Sanitation, dispensaries and jails vaccination Rajputana 1922-1927 - 1922-1927
Year: 1922
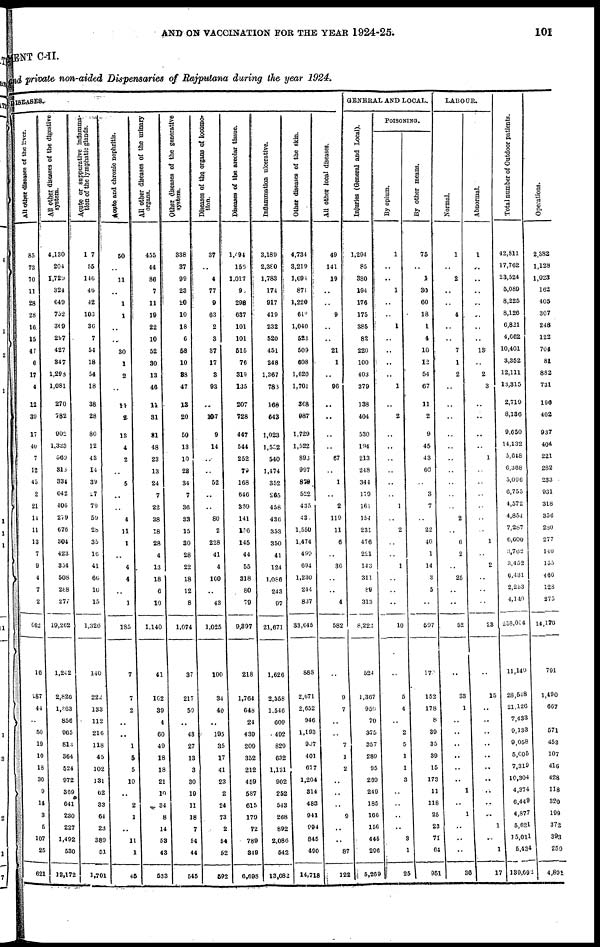
AND ON VACCINATION FOR THE YEAR 1924-25.
101
MENT C-II.
and private non-aided Dispensaries of Rajputana during the year 1924.
DISEASES
All other diseases of the liver.
85
73
70
11
28
28
16
15
47
6
17
4
12
39
17
40
7
12
45
2
21
14
11
13
7
9
4
7
2
662
16
287
44
..
50
19
10
18
30
9
14
3
5
107
25
621
All
other diseases of the digestive
system.
4,130
204
1,729
324
649
752
309
297
427
847
1,298
1,081
270
782
902
1,323
560
318
334
642
406
279
676
304
423
354
508
288
277
19,262
1,242
2,826
1,263
856
965
813
364
524
972
369
641
230
227
1,492
530
12,172
Acute or suppurative inflamma-
tion of the lymphatic glands.
107
55
146
46
42
103
36
7
54
18
54
18
38
28
80
12
43
14
39
27
79
59
28
35
16
41
60
10
15
1,326
140
222
133
112
216
118
45
102
131
62
33
64
23
389
51
1,701
Acute and chronic nephritis.
50
..
11
..
1
1
..
..
30
1
2
..
11
2
13
4
2
..
5
..
..
4
11
1
..
4
4
..
1
185
7
7
2
..
..
1
5
5
10
..
2
1
..
11
1
45
All other diseases of the urinary
organs.
455
44
86
7
11
19
22
10
52
30
13
46
11
31
31
48
23
13
24
7
22
38
18
28
4
13
18
6
10
1,140
41
162
39
4
60
49
18
18
21
10
34
8
14
53
43
533
Other diseases of the generative
system.
338
37
99
23
20
10
18
6
58
10
38
47
13
20
50
13
10
23
34
7
36
33
15
30
28
22
18
12
8
1,074
37
217
59
..
43
27
13
3
30
19
11
18
7
54
44
545
Diseases of the organs of locomo-
tion.
37
..
4
77
9
63
2
3
37
17
3
93
..
107
9
14
..
..
52
..
..
80
2
228
41
4
100
..
43
1,025
100
34
40
..
195
35
17
41
23
2
24
73
2
54
52
592
Diseases of the areolar tissue.
1,494
156
1,017
9
298
637
101
101
515
76
319
135
207
728
447
544
252
79
168
646
369
141
156
145
44
55
318
80
79
9,397
218
1,764
648
24
439
209
352
212
459
587
615
179
72
789
349
6,698
Inflammation ulcerative.
3,189
2,380
1,783
174
917
419
232
520
451
248
1,367
783
168
643
1,023
1,552
540
1,474
352
265
458
436
353
350
41
124
1,086
243
97
21,671
1,626
2,358
1,546
609
492
829
632
1,131
902
252
543
268
892
2,086
542
13,082
Other diseases of the skin.
4,734
3,219
1,694
871
1,220
612
1,040
523
509
608
1,620
1,701
368
987
1,729
1,522
893
997
870
522
435
43
1,550
1,474
490
694
1,230
244
837
33,645
888
2,671
2,652
946
1,193
907
401
677
1,204
314
483
941
994
845
490
14,718
All other local diseases.
49
141
19
..
..
9
..
..
21
1
..
96
..
..
..
..
67
..
1
..
2
119
11
6
..
36
..
..
4
582
..
9
7
..
..
7
1
2
..
..
..
9
..
..
87
122
GENERAL AND LOCAL.
Injuries (General and Local).
1,294
85
380
194
176
175
385
82
220
100
403
379
138
404
530
194
213
248
344
179
161
154
231
476
221
143
311
89
313
8,222
524
1,367
950
70
375
357
289
95
269
249
185
166
156
445
296
5,269
POISONING.
By opium.
1
..
..
1
..
..
1
..
..
..
..
1
..
2
..
..
..
..
..
..
1
..
2
..
..
1
..
..
..
10
..
5
4
..
2
5
1
1
3
..
..
..
..
3
1
25
By other means.
75
..
1
30
60
18
1
4
10
12
54
67
11
2
9
45
43
60
..
3
7
..
22
40
1
14
3
5
..
597
170
152
178
8
39
35
39
15
173
11
118
25
23
71
64
951
LABOUR.
Normal.
1
..
2
..
..
4
..
..
7
1
2
..
..
..
..
..
..
..
..
..
..
2
..
6
2
..
25
..
..
52
..
33
1
..
..
..
..
..
..
1
..
1
..
..
..
30
Abnormal.
1
..
..
..
..
..
..
..
13
..
2
3
..
..
..
..
1
..
..
..
..
..
..
1
..
2
..
..
..
23
..
15
..
..
..
..
..
..
..
..
..
..
1
..
1
17
Total number of Outdoor patients.
42,811
17,762
23,524
5,089
8,225
8,126
6,821
4,662
10,401
3,352
12,111
13,315
2,719
8,136
9,650
14,132
5,648
6,368
5,096
6,755
4,572
4,854
7,287
6,600
3,762
3,452
6,431
2,253
4,140
258,014
11,149
28,548
21,126
7,433
9,133
9,058
5,005
7,319
10,304
4,374
6,449
4,877
5,621
15,011
5,434
139,692
Operations.
2,382
1,128
1,023
162
405
307
248
122
704
81
882
731
196
402
937
404
221
282
233
931
318
356
280
277
140
155
460
128
275
14,170
791
1,490
667
571
453
107
416
428
118
320
199
372
393
259
4,891